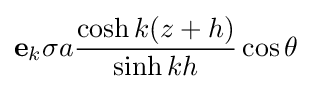
\mathbf {e} _{k}\sigma a{\frac {\cosh k(z+h)}{\sinh kh}}\cos \theta